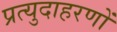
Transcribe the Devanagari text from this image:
प्रत्युदाहरणों